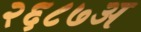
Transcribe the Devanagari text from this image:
२६८७अ